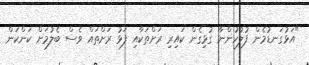
"އަޅުގަނޑުމެން ފުލުހުންނާ ގުޅިގެން ކައިރި ރަށްތަކާއި ފަޅު ރަށްތައް ވެސް ބެލުމަށް ކަންކަން